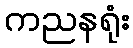
ကညနရုံး